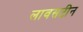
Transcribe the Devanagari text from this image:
लावसटीन